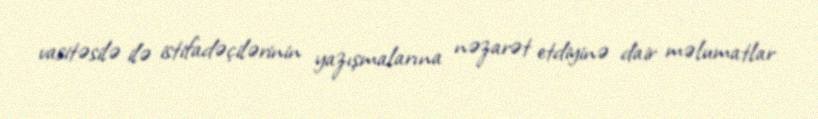
vasitəsilə ilə istifadəçilərinin yazışmalarına nəzarət etdiyinə dair məlumatlar